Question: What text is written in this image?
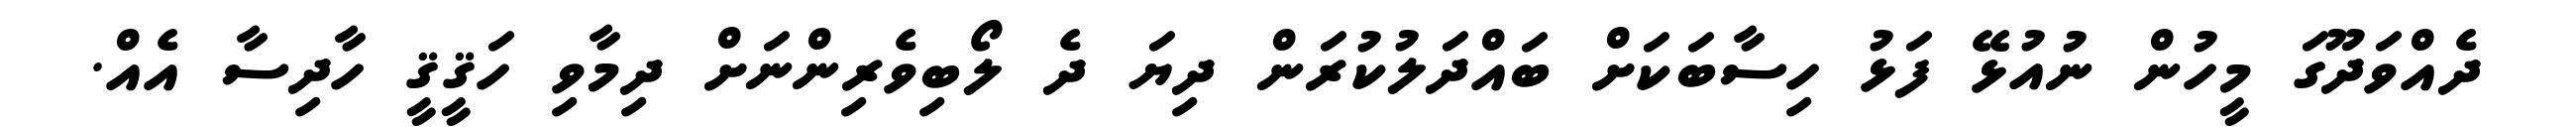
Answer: ދެއްވަދޫގަ މީހުން ނުއުޅޭ ފަޅު ހިސާބަކަށް ބައްދަލުކުރަން ދިޔަ ދެ ލޯބިވެރިންނަށް ދިމާވި ހަޤީޤީ ހާދިސާ އެއް.